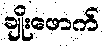
ချိုးဖောက်